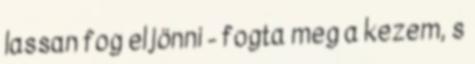
lassan fog eljönni - fogta meg a kezem, s